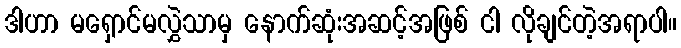
ဒါဟာ မရှောင်မလွှဲသာမှ နောက်ဆုံးအဆင့်အဖြစ် ငါ လိုချင်တဲ့အရာပါ။